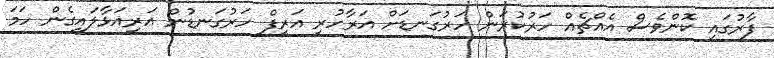
ފާރުގައި ކޮންވެސް އެއްޗެއް ހަރުކުރަން ހަރުގަނޑަށް އަރާހުރި އަރީފް ހަރުގަނޑުން އަރިއަޅާލައިގެން ހަމަ